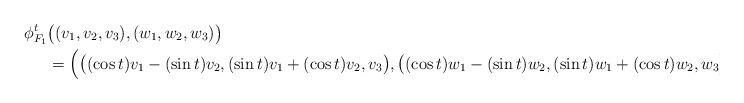
LaTeX: \begin{align*} \phi_{F_1}^{t}&\bigl((v_1,v_2,v_3),(w_1,w_2,w_3)\bigr)\\ &=\Bigl(\bigl((\cos t)v_1-(\sin t)v_2,(\sin t)v_1+(\cos t)v_2,v_3\bigr),\bigl((\cos t)w_1-(\sin t)w_2,(\sin t)w_1+(\cos t)w_2,w_3\bigr)\Bigr) \end{align*}